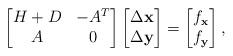
LaTeX: \begin{align*}{\begin{bmatrix}H+D & -A^T \\A & 0 \end{bmatrix}}\begin{bmatrix}\Delta \mathbf{x} \\\Delta \mathbf{y} \end{bmatrix}=\begin{bmatrix}f_{\mathbf{x}} \\f_{\mathbf{y}}\end{bmatrix},\end{align*}